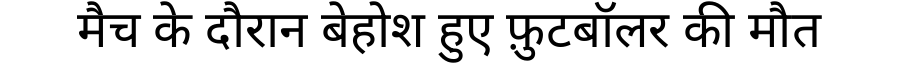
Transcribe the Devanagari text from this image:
मैच के दौरान बेहोश हुए फ़ुटबॉलर की मौत